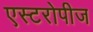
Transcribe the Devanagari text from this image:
एस्टरोपीज